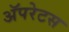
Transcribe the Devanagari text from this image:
अॅपरेटस